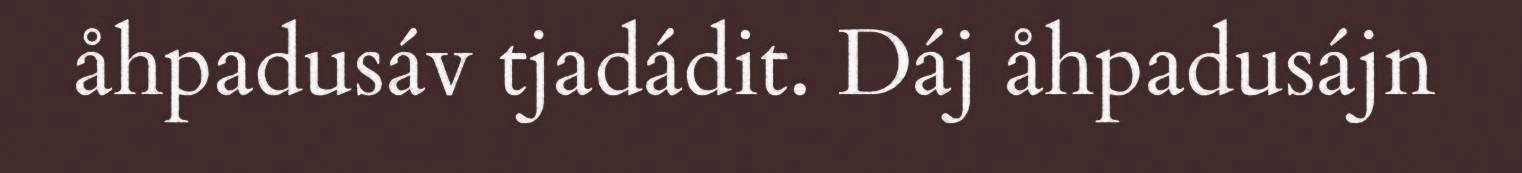
åhpadusáv tjadádit. Dáj åhpadusájn